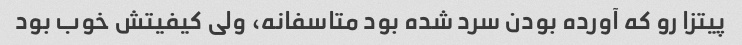
پیتزا رو که آورده بودن سرد شده بود متاسفانه، ولی کیفیتش خوب بود